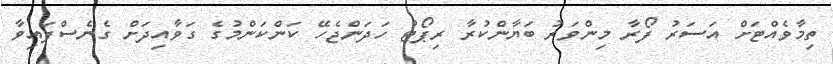
ތިމާވެއްޓަށް އަސަރު ފޯރާ މިންވަރު ބަޔާންކުރާ ރިޕޯޓު ހަދަންޖެހޭ ކަންކަންމުގެ ގަވާއިދަށް ގެނެސްފައިވާ